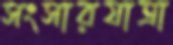
সংসারযাত্রা